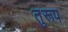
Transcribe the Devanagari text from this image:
तुरूप